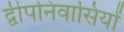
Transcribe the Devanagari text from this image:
द्वीपनिवासियों